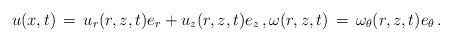
LaTeX: \begin{align*} u(x,t) \,=\, u_r(r,z,t) e_r + u_z(r,z,t) e_z\,, \omega(r,z,t) \,=\, \omega_\theta(r,z,t)e_\theta\,.\end{align*}